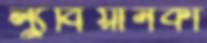
ল্যুবিয়ানকা